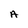
Character: A